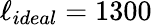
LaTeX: \ell_{ideal}=1300